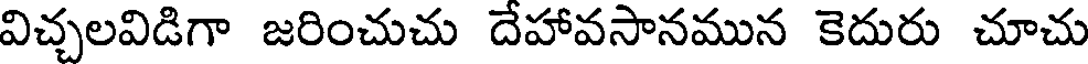
విచ్చలవిడిగా జరించుచు దేహావసానమున కెదురు చూచు